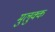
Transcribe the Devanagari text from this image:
मुलुक्क